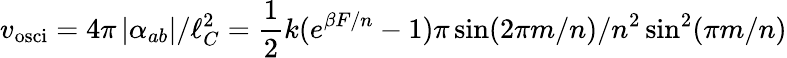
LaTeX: v_{\mathrm{osci}}=4\pi\left|\alpha_{ab}\right|/\ell_{C}^{2}=\frac 12k(e^{\beta F/n}-1)\pi\sin(2\pi m/n)/n^{2}\sin^{2}(\pi m/n)